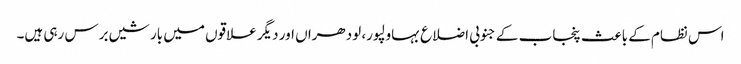
اس نظام کے باعث پنجاب کے جنوبی اضلاع بہاولپور، لودھراں اور دیگر علاقوں میں بارشیں برس رہی ہیں۔